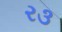
ર૩